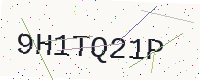
Text: 9H1TQ21P